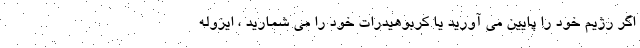
اگر رژیم خود را پایین می آورید یا کربوهیدرات خود را می شمارید ، ایزوله